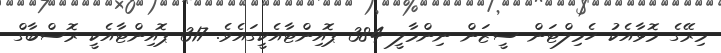
މިރޭގެ މޮޅާއެކު ހެމިލްޓަން ސީޒަން ނިންމާލީ 384 ޕޮއިންޓާއެކީގައެވެ. 317 ޕޮއިންޓާއެކީ ރޮސްބާގް